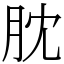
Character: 䶻